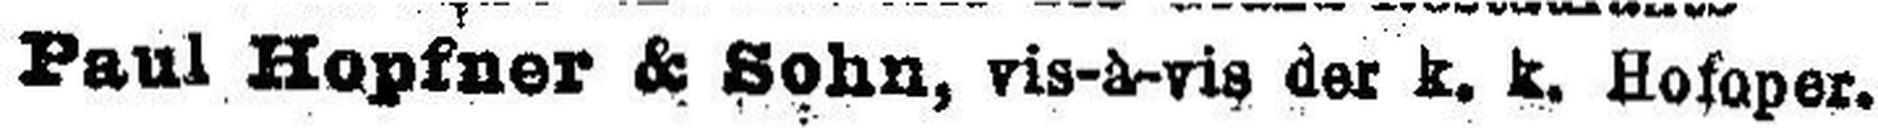
Paul Hopfner & Sohn, vis-à-vis der k. k. Hofoper.